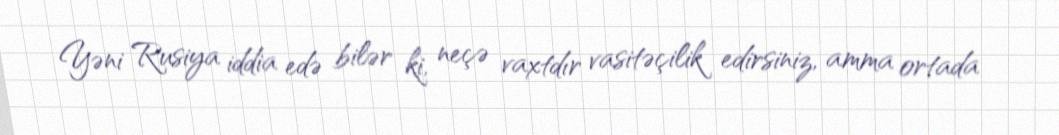
Yəni Rusiya iddia edə bilər ki, neçə vaxtdır vasitəçilik edirsiniz, amma ortada